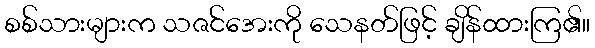
စစ်သားများက သဇင်အေးကို သေနတ်ဖြင့် ချိန်ထားကြ၏။